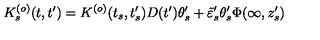
K _ { s } ^ { ( o ) } ( t , t ^ { \prime } ) = K ^ { ( o ) } ( t _ { s } , t _ { s } ^ { \prime } ) D ( t ^ { \prime } ) \theta _ { s } ^ { \prime } + \tilde { \varepsilon } _ { s } ^ { \prime } \theta _ { s } ^ { \prime } \Phi ( \infty , z _ { s } ^ { \prime } )